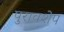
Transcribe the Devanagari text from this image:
पुरावशेप